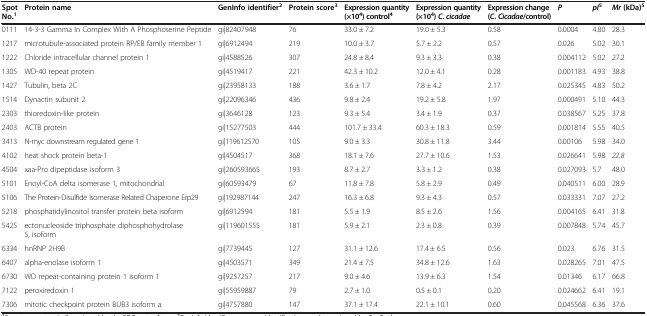
<table><thead><tr><td><b>Spot No.<sup>1</sup></b></td><td><b>Protein name</b></td><td><b>GenInfo identifier<sup>2</sup></b></td><td><b>Protein score<sup>3</sup></b></td><td><b>Expression quantity (×10<sup>4</sup>) control<sup>4</sup></b></td><td><b>Expression quantity (×10<sup>4</sup>) <i>C</i>. <i>cicadae</i></b></td><td><b>Expression change ( <i>C </i>. <i>Cicadae</i>/control)</b></td><td><b><i>P</i></b></td><td><b><i>pI</i><sup>5</sup></b></td><td><b><i>Mr </i>(kDa)<sup>5</sup></b></td></tr></thead><tbody><tr><td>0111</td><td>14-3-3 Gamma In Complex With A Phosphoserine Peptide</td><td>gi|82407948</td><td>76</td><td>33.0 ± 7.2</td><td>19.0 ± 5.3</td><td>0.58</td><td>0.0004</td><td>4.80</td><td>28.3</td></tr><tr><td>1217</td><td>microtubule-associated protein RP/EB family member 1</td><td>gi|6912494</td><td>219</td><td>10.0 ± 3.7</td><td>5.7 ± 2.2</td><td>0.57</td><td>0.026</td><td>5.02</td><td>30.1</td></tr><tr><td>1222</td><td>Chloride intracellular channel protein 1</td><td>gi|4588526</td><td>307</td><td>24.8 ± 8.4</td><td>9.3 ± 3.3</td><td>0.38</td><td>0.004112</td><td>5.02</td><td>27.2</td></tr><tr><td>1305</td><td>WD-40 repeat protein</td><td>gi|4519417</td><td>221</td><td>42.3 ± 10.2</td><td>12.0 ± 4.1</td><td>0.28</td><td>0.001183</td><td>4.93</td><td>38.8</td></tr><tr><td>1427</td><td>Tubulin, beta 2C</td><td>gi|23958133</td><td>188</td><td>3.6 ± 1.7</td><td>7.8 ± 4.2</td><td>2.17</td><td>0.025345</td><td>4.83</td><td>50.2</td></tr><tr><td>1514</td><td>Dynactin subunit 2</td><td>gi|22096346</td><td>436</td><td>9.8 ± 2.4</td><td>19.2 ± 5.8</td><td>1.97</td><td>0.000491</td><td>5.10</td><td>44.3</td></tr><tr><td>2303</td><td>thioredoxin-like protein</td><td>gi|3646128</td><td>123</td><td>9.3 ± 5.4</td><td>3.4 ± 1.9</td><td>0.37</td><td>0.038567</td><td>5.25</td><td>37.8</td></tr><tr><td>2403</td><td>ACTB protein</td><td>gi|15277503</td><td>444</td><td>101.7 ± 33.4</td><td>60.3 ± 18.3</td><td>0.59</td><td>0.001814</td><td>5.55</td><td>40.5</td></tr><tr><td>3413</td><td>N-myc downstream regulated gene 1</td><td>gi|119612570</td><td>105</td><td>9.0 ± 3.3</td><td>30.8 ± 11.8</td><td>3.44</td><td>0.00106</td><td>5.98</td><td>34.0</td></tr><tr><td>4102</td><td>heat shock protein beta-1</td><td>gi|4504517</td><td>368</td><td>18.1 ± 7.6</td><td>27.7 ± 10.6</td><td>1.53</td><td>0.026641</td><td>5.98</td><td><i>22.8</i></td></tr><tr><td>4504</td><td>xaa-Pro dipeptidase isoform 3</td><td>gi|260593665</td><td>193</td><td>8.7 ± 2.7</td><td>3.3 ± 1.2</td><td>0.38</td><td>0.027093</td><td>5.7</td><td>48.0</td></tr><tr><td>5101</td><td>Enoyl-CoA delta isomerase 1, mitochondrial</td><td>gi|60593479</td><td>67</td><td>11.8 ± 7.8</td><td>5.8 ± 2.9</td><td>0.49</td><td>0.040511</td><td>6.00</td><td>28.9</td></tr><tr><td>5106</td><td>The Protein-Disulfide Isomerase Related Chaperone Erp29</td><td>gi|192987144</td><td>247</td><td>16.3 ± 6.8</td><td>9.3 ± 4.3</td><td>0.57</td><td>0.033331</td><td>7.07</td><td>27.2</td></tr><tr><td>5218</td><td>phosphatidylinositol transfer protein beta isoform</td><td>gi|6912594</td><td>181</td><td>5.5 ± 1.9</td><td>8.5 ± 2.6</td><td>1.56</td><td>0.004165</td><td>6.41</td><td>31.8</td></tr><tr><td>5425</td><td>ectonucleoside triphosphate diphosphohydrolase 5, isoform</td><td>gi|119601555</td><td>181</td><td>5.9 ± 2.1</td><td>2.3 ± 0.8</td><td>0.39</td><td>0.007848</td><td>5.74</td><td>45.7</td></tr><tr><td>6334</td><td>hnRNP 2H9B</td><td>gi|7739445</td><td>127</td><td>31.1 ± 12.6</td><td>17.4 ± 6.5</td><td>0.56</td><td>0.023</td><td>6.76</td><td>31.5</td></tr><tr><td>6407</td><td>alpha-enolase isoform 1</td><td>gi|4503571</td><td>349</td><td>21.4 ± 7.5</td><td>34.8 ± 12.6</td><td>1.63</td><td>0.028265</td><td>7.01</td><td>47.5</td></tr><tr><td>6730</td><td>WD repeat-containing protein 1 isoform 1</td><td>gi|9257257</td><td>217</td><td>9.0 ± 4.6</td><td>13.9 ± 6.3</td><td>1.54</td><td>0.01346</td><td>6.17</td><td>66.8</td></tr><tr><td>7122</td><td>peroxiredoxin 1</td><td>gi|55959887</td><td>79</td><td>2.7 ± 1.0</td><td>0.5 ± 0.1</td><td>0.20</td><td>0.024662</td><td>6.41</td><td>19.1</td></tr><tr><td>7306</td><td>mitotic checkpoint protein BUB3 isoform a</td><td>gi|4757880</td><td>147</td><td>37.1 ± 17.4</td><td>22.1 ± 10.1</td><td>0.60</td><td>0.045568</td><td>6.36</td><td>37.6</td></tr></tbody></table>